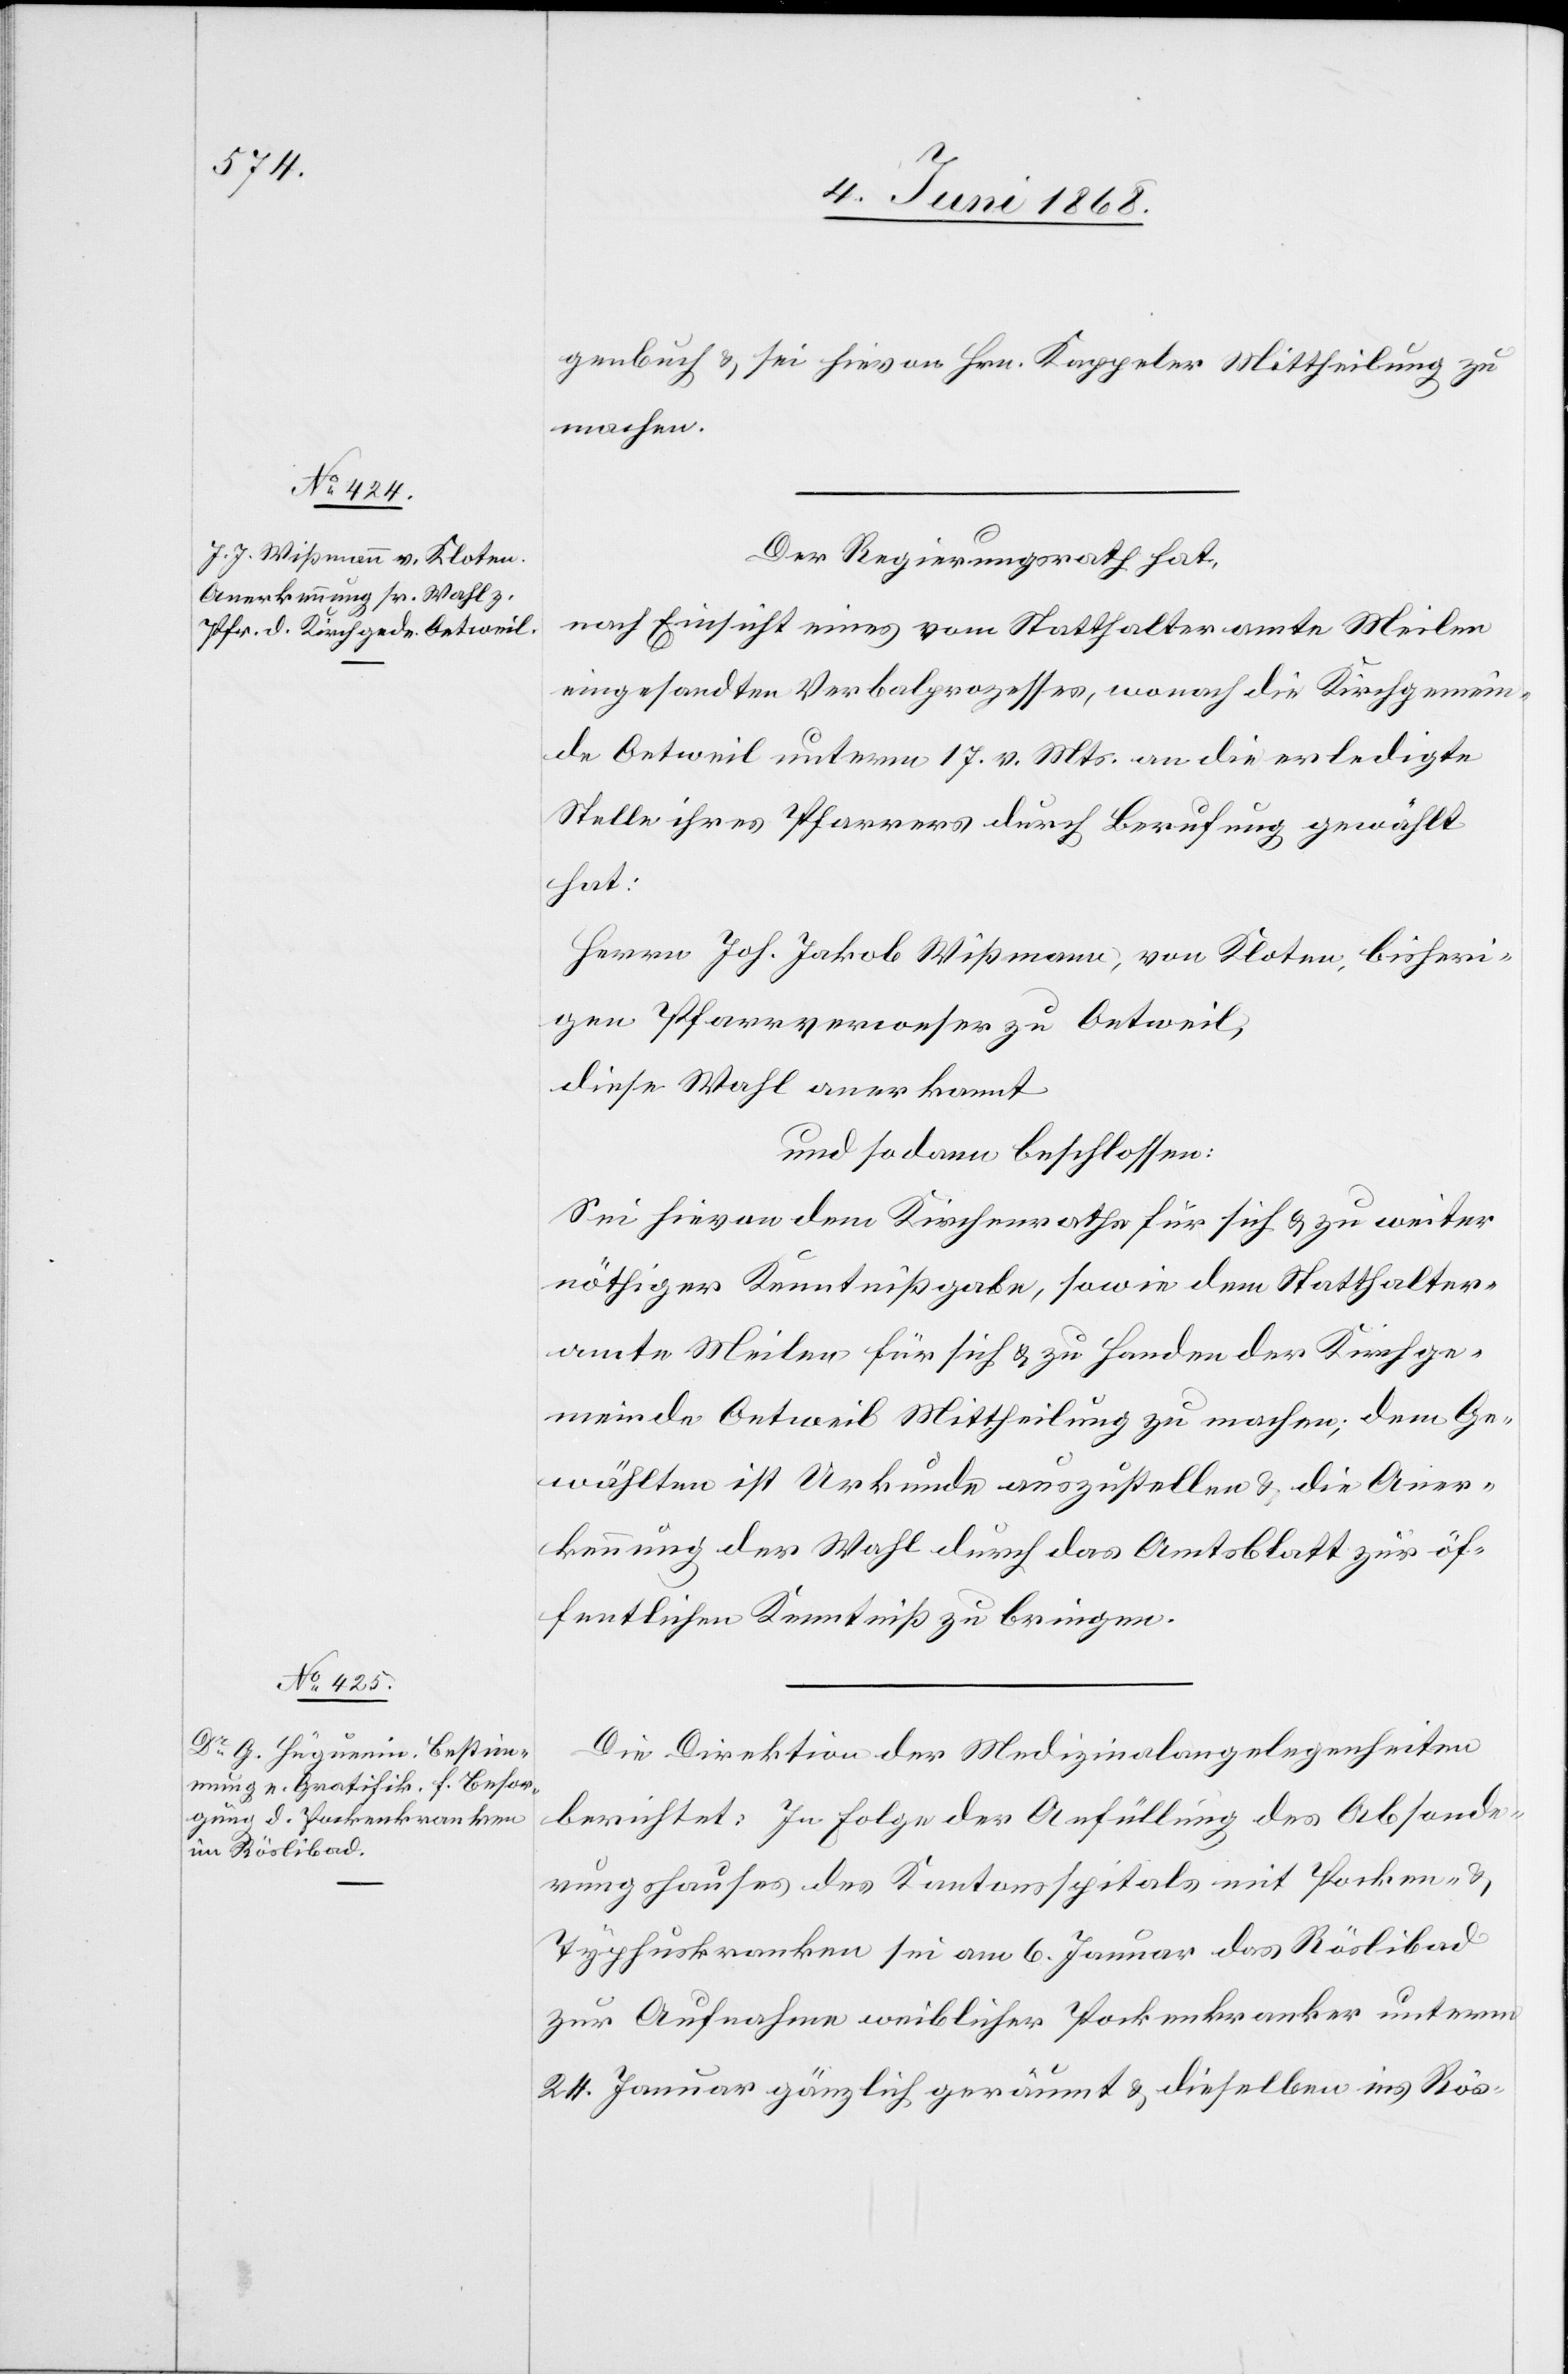
genbuch & sei hievon Hrn. Kappeler Mittheilung zu
machen.
Der Regierungsrath hat,
nach Einsicht eines vom Statthalteramte Meilen
eingesandten Verbalprozesses, wonach die Kirchgemein¬
de Oetweil unterm 17. v. Mts. an die erledigte
Stelle ihres Pfarrers durch Berufung gewählt
hat:
Herrn Joh. Jakob Wißmann, von Kloten, bisheri¬
gen Pfarrverweser zu Oetweil,
diese Wahl anerkannt
und sodann beschlossen:
Sei hievon dem Kirchenrathe für sich & zu weiter
nöthiger Kenntnißgabe, sowie dem Statthalter¬
amte Meilen für sich & zu Handen der Kirchge¬
meinde Oetweil Mittheilung zu machen; dem Ge¬
wählten ist Urkunde auszustellen & die Aner¬
kennung der Wahl durch das Amtsblatt zur öf¬
fentlichen Kenntniß zu bringen.
Die Direktion der Medizinalangelegenheiten
berichtet: In Folge der Anfüllung des Absonde¬
rungshauses des Kantonsspitals mit Pocken- &
Typhuskranken sei am 6. Januar das Röslibad
zur Aufnahme weiblicher Pockenkranker unterm
24. Januar gänzlich geräumt & dieselben ins Rös-